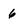
Character: 6